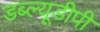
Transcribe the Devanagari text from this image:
डब्ल्यूडीपी